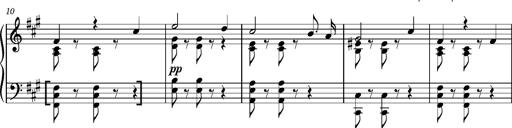
Title: Cavatine de Robert le Diable
Composer: Franz Liszt
Key: F-sharp minor